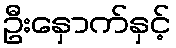
ဦးနှောက်နှင့်